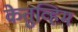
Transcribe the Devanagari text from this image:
केतुव्हिम